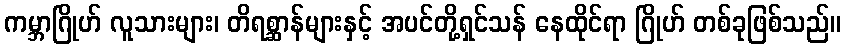
ကမ္ဘာဂြိုဟ် လူသားများ၊ တိရစ္ဆာန်များနှင့် အပင်တို့ရှင်သန် နေထိုင်ရာ ဂြိုဟ် တစ်ခုဖြစ်သည်။